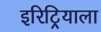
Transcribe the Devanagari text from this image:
इरिट्रियाला